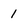
Character: 1